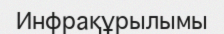
Инфрақұрылымы